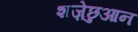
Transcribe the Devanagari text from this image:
शज़ेछुआन